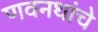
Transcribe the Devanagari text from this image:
णवनथांचे